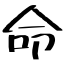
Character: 命